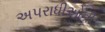
અપરાધીઓની